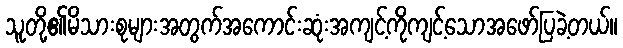
သူတို့၏မိသားစုများအတွက်အကောင်းဆုံးအကျင့်ကိုကျင့်သောအဖော်ပြခဲ့တယ်။